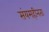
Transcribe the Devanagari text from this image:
संयमहीनता